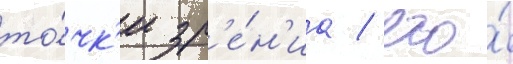
то́чк'и зр'е́н'иа / его́